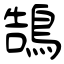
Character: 鵠